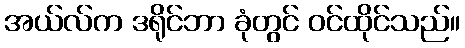
အယ်လ်က ဒရိုင်ဘာ ခုံတွင် ဝင်ထိုင်သည်။